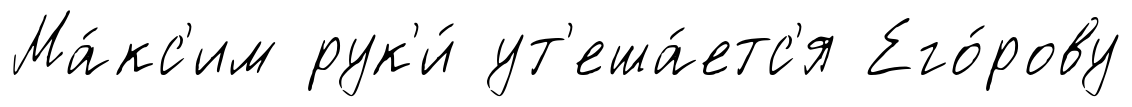
Ма́кс'им рук'и́ ут'еша́етс'я Его́рову